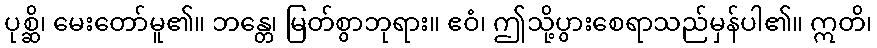
ပုစ္ဆိ၊ မေးတော်မူ၏။ ဘန္တေ၊ မြတ်စွာဘုရား။ ဧဝံ၊ ဤသို့ပွားစေရာသည်မှန်ပါ၏။ ဣတိ၊